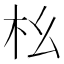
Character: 㭃